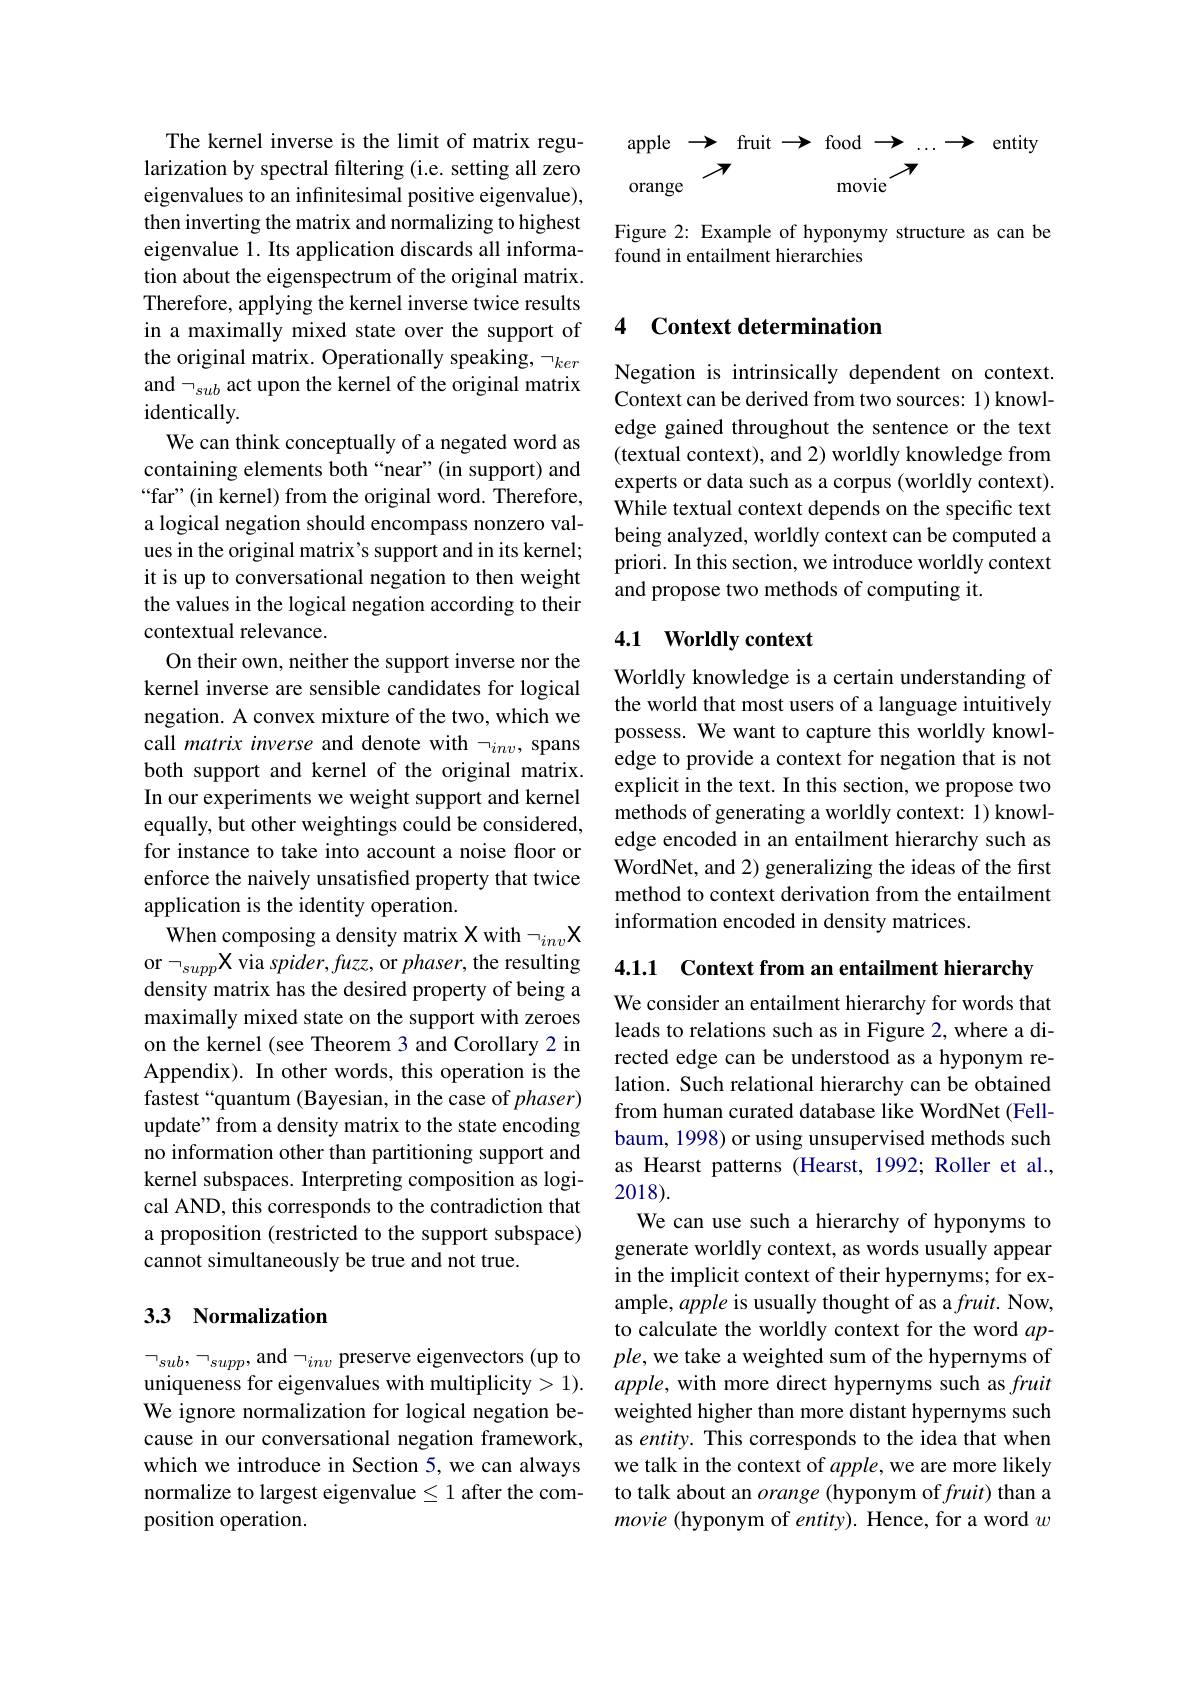
The kernel inverse is the limit of matrix regularization by spectral filtering (i.e. setting all zero eigenvalues to an infinitesimal positive eigenvalue), then inverting the matrix and normalizing to highest eigenvalue 1. Its application discards all information about the eigenspectrum of the original matrix. Therefore, applying the kernel inverse twice results in a maximally mixed state over the support of the original matrix. Operationally speaking, $\neg_{ker}$ and $\neg_{sub}$ act upon the kernel of the original matrix identically.
We can think conceptually of a negated word as containing elements both “near”(in support) and “far”(in kernel) from the original word. Therefore, a logical negation should encompass nonzero values in the original matrix's support and in its kernel; it is up to conversational negation to then weight the values in the logical negation according to their contextual relevance.
On their own, neither the support inverse nor the kernel inverse are sensible candidates for logical negation. A convex mixture of the two, which we call matrix inverse and denote with $\neg_{inv}$, spans both support and kernel of the original matrix. In our experiments we weight support and kernel equally, but other weightings could be considered, for instance to take into account a noise floor or enforce the naively unsatisfied property that twice application is the identity operation.
When composing a density matrix X with $\neg_{inv}\mathbf{X}$
or $\neg_{supp}$ X via $spider,fuzz$, or $phaser$, the resulting 4.1.1 Context from an entailment hierarchy
density matrix has the desired property of being a maximally mixed state on the support with zeroes on the kernel (see Theorem 3 and Corollary 2 in Appendix). In other words, this operation is the fastest“quantum (Bayesian, in the case of $phaser)$ update" from a density matrix to the state encoding no information other than partitioning support and kernel subspaces. Interpreting composition as logical AND, this corresponds to the contradiction that a proposition (restricted to the support subspace) cannot simultaneously be true and not true.

### 3.3 Normalization

uniqueness for eigenvalues with multiplicity> 1). We ignore normalization for logical negation because in our conversational negation framework, which we introduce in Section 5, we can always normalize to largest eigenvalue $\leq1$ after the composition operation.

apple $\to$ fruit $\to$ food $\to...\to$ entity
$\nearrow$
movie$\overset{\boldsymbol{牙}}{\operatorname*{\operatorname*{\longrightarrow}}}$
orange

Figure 2: Example of hyponymy structure as can be
found in entailment hierarchies

### 4 Context determination

Negation is intrinsically dependent on context. Context can be derived from two sources: 1) knowledge gained throughout the sentence or the text (textual context), and 2) worldly knowledge from experts or data such as a corpus (worldly context). While textual context depends on the specific text being analyzed, worldly context can be computed a priori. In this section, we introduce worldly context and propose two methods of computing it.

## 4.1 Worldly context

Worldly knowledge is a certain understanding of the world that most users of a language intuitively possess. We want to capture this worldly knowledge to provide a context for negation that is not explicit in the text. In this section, we propose two methods of generating a worldly context: 1) knowledge encoded in an entailment hierarchy such as WordNet, and 2) generalizing the ideas of the first method to context derivation from the entailment information encoded in density matrices.

We consider an entailment hierarchy for words that leads to relations such as in Figure 2, where a directed edge can be understood as a hyponym relation. Such relational hierarchy can be obtained from human curated database like WordNet (Fellbaum, 1998) or using unsupervised methods such as Hearst patterns (Hearst, 1992; Roller et al., 2018).
We can use such a hierarchy of hyponyms to generate worldly context, as words usually appear in the implicit context of their hypernyms; for example, apple is usually thought of as a fruit. Now, to calculate the worldly context for the word $ap-$
$\neg_{sub},\neg_{supp}$,and$\neg_inv$ preserve eigenvectors (up to $ple$,we take a weighted sum of the hypernyms of
$apple$, with more direct hypernyms such as fruit weighted higher than more distant hypernyms such as entity. This corresponds to the idea that when we talk in the context of $apple$, we are more likely to talk about an orange (hyponym of fruit) than a movie (hyponym of entity). Hence, for a word $w$